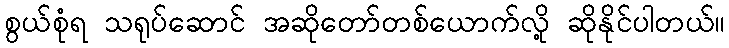
စွယ်စုံရ သရုပ်ဆောင် အဆိုတော်တစ်ယောက်လို့ ဆိုနိုင်ပါတယ်။